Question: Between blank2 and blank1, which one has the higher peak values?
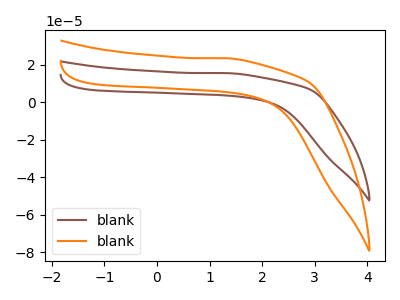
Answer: <think>The brown curve "blank1" has no peaks. The orange curve "blank2" has no peaks.</think>
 <answer>Niether CV has any peaks.</answer>
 <eval>blanks</eval>